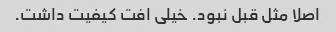
اصلا مثل قبل نبود. خیلی افت کیفیت داشت.